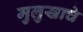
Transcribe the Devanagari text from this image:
मुलुखाचे